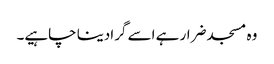
وہ مسجد ضرار ہے اسے گرادینا چاہیے۔